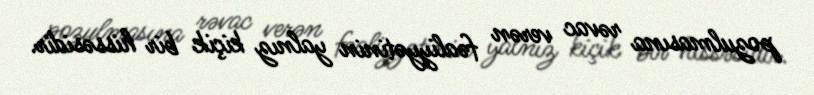
pozulmasına rəvac verən fəaliyyətinin yalnız kiçik bir hissəsidir.